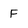
Character: F